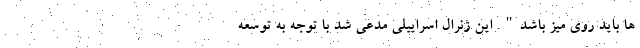
ها باید روی میز باشد". این ژنرال اسراییلی مدعی شد با توجه به توسعه